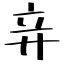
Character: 竎